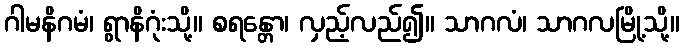
ဂါမနိဂမံ၊ ရွာနိဂုံးသို့။ စရန္တော၊ လှည့်လည်၍။ သာဂလံ၊ သာဂလမြို့သို့။